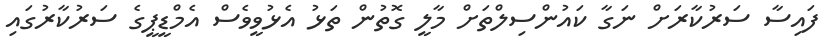
ފައިސާ ސަރުކާރަށް ނަގާ ކައުންސިލްތަށް މާލީ ގޮތުން ތަޅު އެޅުވީވެސް އެމްޑީޕީގެ ސަރުކާރުގައި